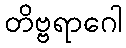
တိဗ္ဗရာဂေါ